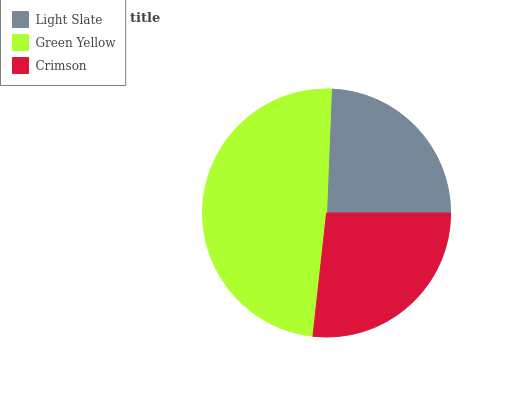
| Light Slate | Green Yellow | Crimson |
 | --- | --- | --- |
 | 24.4% | 48.9% | 26.8% |